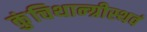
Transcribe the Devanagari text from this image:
कुंचिथान्ग्रीस्थवं